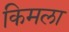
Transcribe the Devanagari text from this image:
किमला